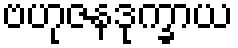
ဗဟုဇနဒုက္ခာယ